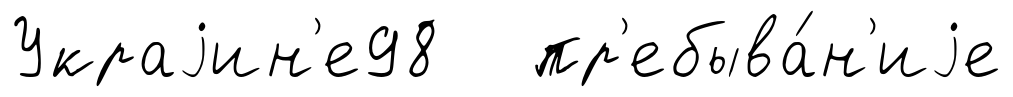
Украjин'е98 пр'ебыва́н'иjе